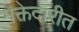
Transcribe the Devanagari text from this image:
मक्तेदारीत